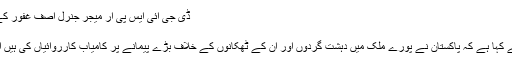
ڈی جی آئی ایس پی آر میجر جنرل آصف غفور کے مطابق آرمی چیف جنرل قمر جاوید ...
1 دن ago	بریکنگ نیوز, پاکستان 0
پاکستان کے دفترِ خارجہ کے ترجمان نے کہا ہے کہ پاکستان نے پورے ملک میں دہشت گردوں اور ان کے ٹھکانوں کے خلاف بڑے پیمانے پر کامیاب کارروائیاں کی ہیں اور ایسا کرنا اس کے اپنے مفاد میں ہے۔